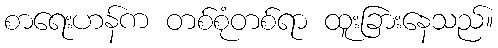
စာရေးဟန်က တစ်စုံတစ်ရာ ထူးခြားနေသည်။